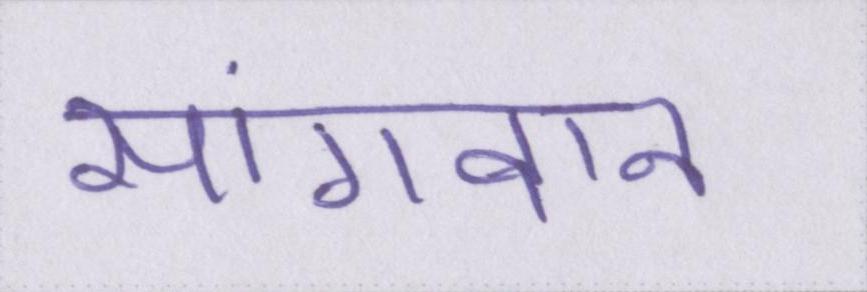
सांगवान